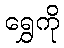
ရွှေကို